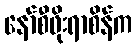
နော်စီဖိုးရာစိန်က